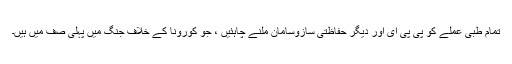
تمام طبی عملے کو پی پی ای اور دیگر حفاظتی سازوسامان ملنے چاہئیں ، جو کورونا کے خلاف جنگ میں پہلی صف میں ہیں۔